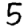
Digit: 5